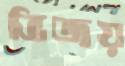
ভিজয়